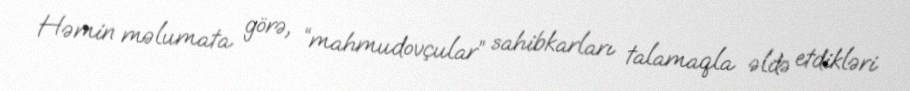
Həmin məlumata görə, “mahmudovçular” sahibkarları talamaqla əldə etdikləri